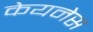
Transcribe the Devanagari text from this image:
केयनेस